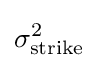
\sigma _{\text{strike}}^{2}